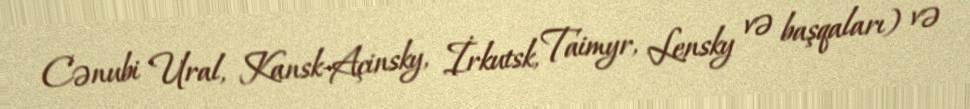
Cənubi Ural, Kansk-Açinsky, İrkutsk, Taimyr, Lensky və başqaları) və